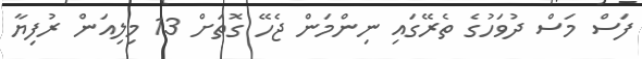
ފަސް މަސް ދުވަހުގެ ތެރޭގައި ނިންމަން ޖެހޭ ގޮތަށް 13 މިލިއަން ރުފިޔާ